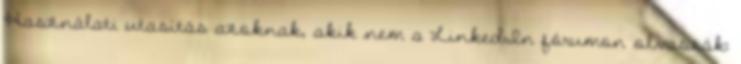
Használati utasítás azoknak, akik nem a LinkedIn fórumon olvassák: